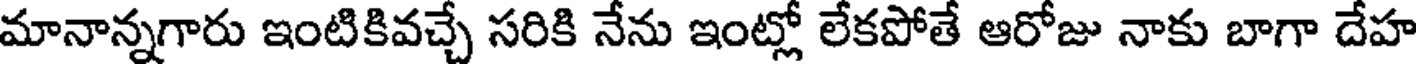
మానాన్నగారు ఇంటికివచ్చే సరికి నేను ఇంట్లో లేకపోతే ఆరోజు నాకు బాగా దేహ